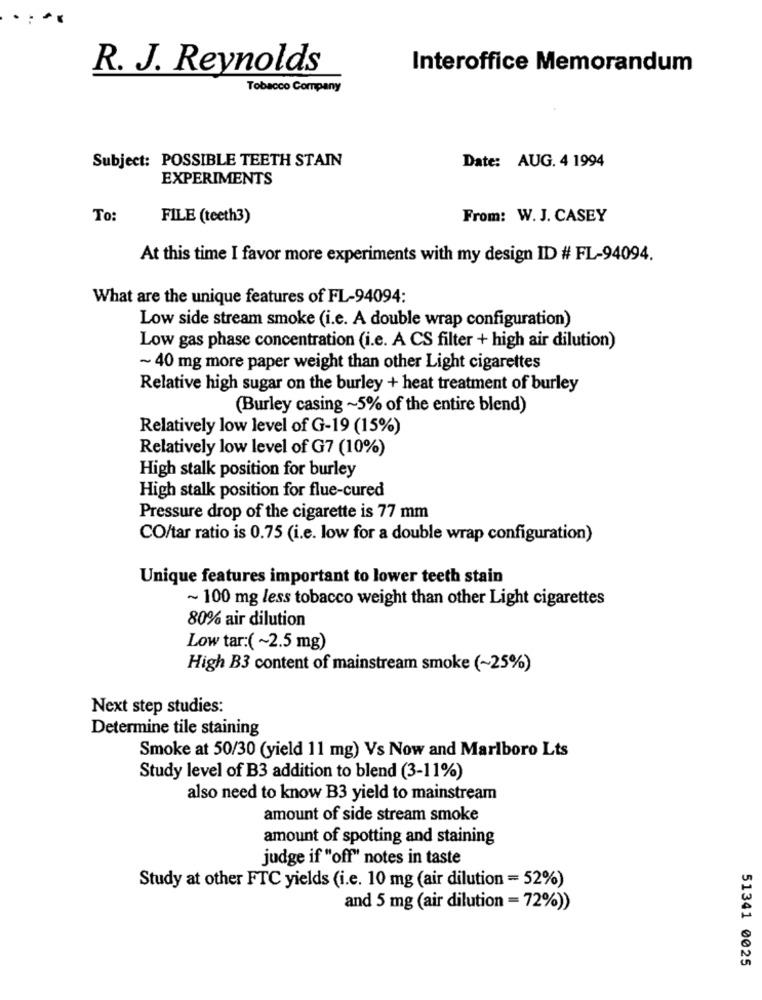
R. J. Reynolds
Interoffice Memorandum
Tobacco Company
Date: AUG. 4 1994
Subject: POSSIBLE TEETH STAIN
EXPERIMENTS
To:
FILE (teeth3)
From: W. J. CASEY
At this time I favor more experiments with my design ID # FL-94094.
What are the unique features of FL-94094:
Low side stream smoke (i.e. A double wrap configuration)
Low gas phase concentration (i.e. A CS filter + high air dilution)
~ 40 mg more paper weight than other Light cigarettes
Relative high sugar on the burley + heat treatment of burley
(Burley casing ~5% of the entire blend)
Relatively low level of G-19 (15%)
Relatively low level of G7 (10%)
High stalk position for burley
High stalk position for flue-cured
Pressure drop of the cigarette is 77 mm
CO/tar ratio is 0.75 (i.e. low for a double wrap configuration)
Unique features important to lower teeth stain
~ 100 mg less tobacco weight than other Light cigarettes
80% air dilution
Low tar:(~2.5 mg)
High B3 content of mainstream smoke (~25%)
Next step studies:
Determine tile staining
Smoke at 50/30 (yield 11 mg) Vs Now and Marlboro Lts
Study level of B3 addition to blend (3-11%)
also need to know B3 yield to mainstream
amount of side stream smoke
amount of spotting and staining
judge if "off" notes in taste
Study at other FTC yields (i.e. 10 mg (air dilution = 52%)
and 5 mg (air dilution = 72%))
51341 0025